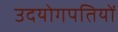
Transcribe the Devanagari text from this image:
उदयोगपतियों